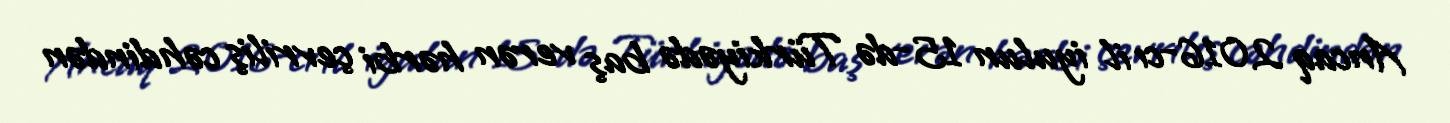
Ancaq 2016-cı il iyulun 15-də Türkiyədə baş verən hərbi çevriliş cəhdindən